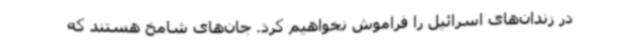
در زندان‌های اسرائیل را فراموش نخواهیم کرد. جان‌های شامخ هستند که